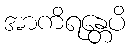
အာကိရန္တေပိ